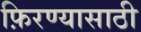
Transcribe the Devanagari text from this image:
फ़िरण्यासाठी